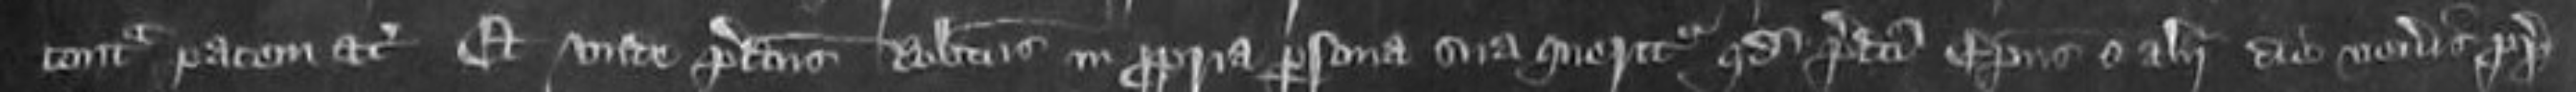
contra pacem etc Et unde predictus Robertus in propria persona sua queritur quod predicti Episcopus et alii die Veneris proximo